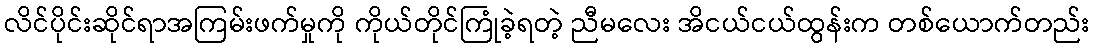
လိင်ပိုင်းဆိုင်ရာအကြမ်းဖက်မှုကို ကိုယ်တိုင်ကြုံခဲ့ရတဲ့ ညီမလေး အိငယ်ငယ်ထွန်းက တစ်ယောက်တည်း